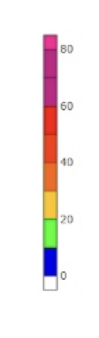
Blue: 0 to 10
Green: 10 to 20
Yellow: 20 to 30
Orange: 30 to 40
Dark Orange: 40 to 50
Red: 50 to 60
Magenta: 70 to 80
Pink: 80 to 90
Purple: 60 to 70